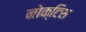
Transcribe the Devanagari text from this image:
नोक्टिस